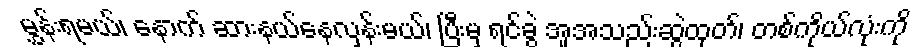
မွှန်းရမယ်၊ နောက် ဆားနယ်နေလှန်းမယ်၊ ပြီးမှ ရင်ခွဲ အူအသည်းဆွဲထုတ်၊ တစ်ကိုယ်လုံးကို